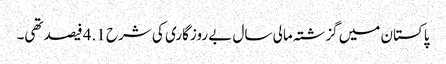
پاکستان میں گزشتہ مالی سال بے روزگاری کی شرح 4.1 فیصد تھی۔